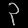
Digit: ၃